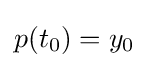
p(t_{0})=y_{0}